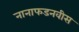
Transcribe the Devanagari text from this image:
नानाफडनवीस